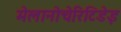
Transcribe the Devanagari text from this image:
मेलानोचेरिटिडेइ